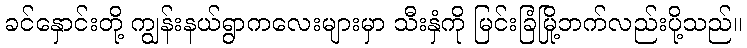
ခင်နှောင်းတို့ ကျွန်းနယ်ရွာကလေးများမှာ သီးနှံကို မြင်းခြံမြို့ဘက်လည်းပို့သည်။